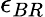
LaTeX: \epsilon_{BR}